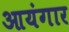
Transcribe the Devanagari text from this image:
आयंगार